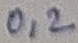
Text: 0,2